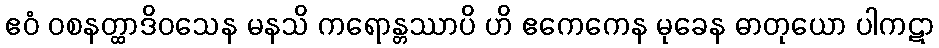
ဧဝံ ဝစနတ္ထာဒိဝသေန မနသိ ကရောန္တဿာပိ ဟိ ဧကေကေန မုခေန ဓာတုယော ပါကဋာ